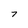
Character: 7